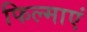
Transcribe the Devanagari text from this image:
फिल्माएं